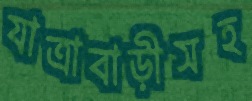
যাত্রাবাড়ীসহ